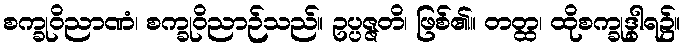
စက္ခုဝိညာဏံ၊ စက္ခုဝိညာဉ်သည်။ ဥပ္ပဇ္ဇတိ၊ ဖြစ်၏။ တတ္ထ၊ ထိုစက္ခုဒွါရ၌။